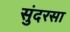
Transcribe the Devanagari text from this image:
सुंदरसा